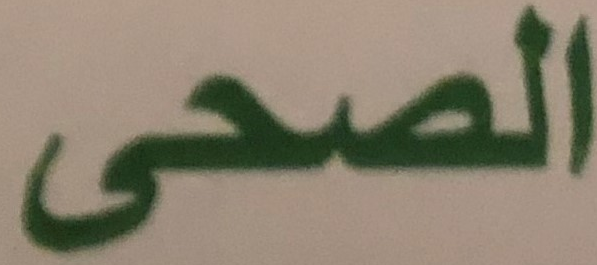
الصحى